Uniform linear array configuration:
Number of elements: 64
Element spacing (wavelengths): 0.75
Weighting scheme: cosine
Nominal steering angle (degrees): -60
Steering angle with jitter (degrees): -60.369
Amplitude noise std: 0.05
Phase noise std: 0.05

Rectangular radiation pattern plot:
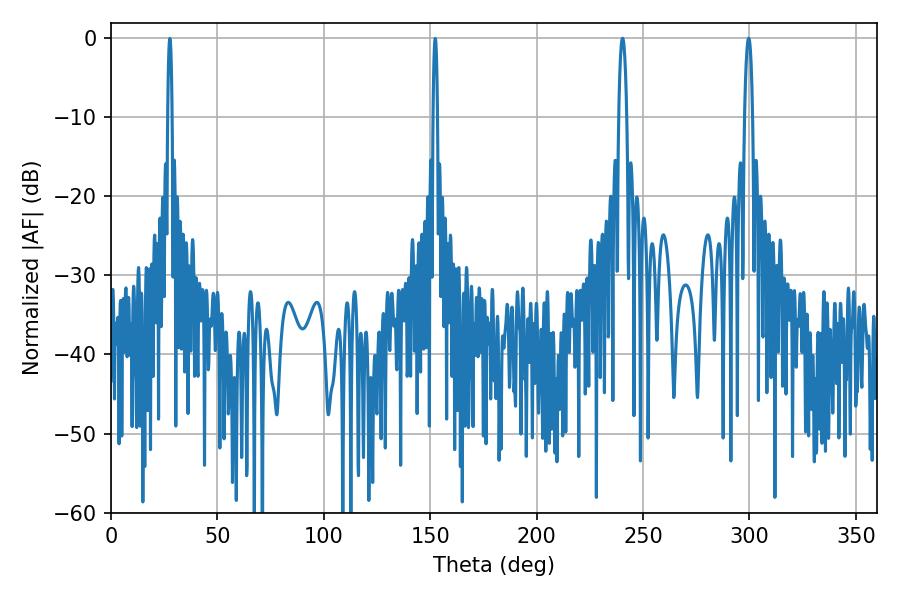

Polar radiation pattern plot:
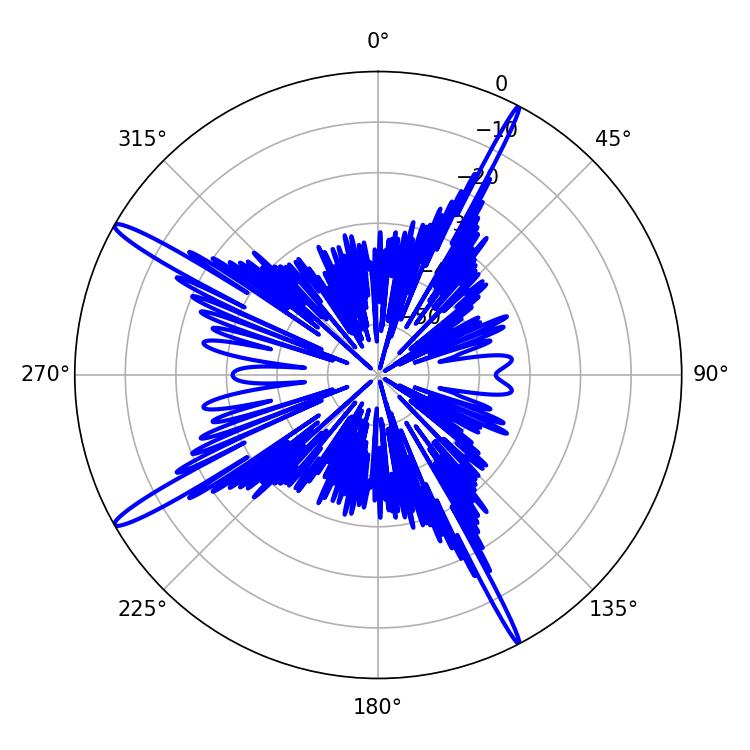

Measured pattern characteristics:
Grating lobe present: TRUE
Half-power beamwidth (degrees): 1.98
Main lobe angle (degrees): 240.3